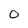
Character: 0